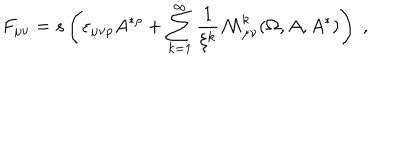
F _ { \mu \nu } = s \left( \varepsilon _ { \mu \nu \rho } A ^ { * \rho } + \sum _ { k = 1 } ^ { \infty } \frac 1 { \xi ^ { k } } \mathcal { M } _ { \mu \nu } ^ { k } ( \Omega , A , A ^ { * } ) \right) \; ,